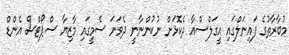
މުބާރާތުގެ ފައިނަލްގައި އީގަލްސްއާ ދެކޮޅަށް ނުކުންނާނީ ދެވަނަ ސެމީގައި މާޒިޔާ ސްޕޯޓްސް އެންޑް